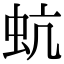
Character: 蚢